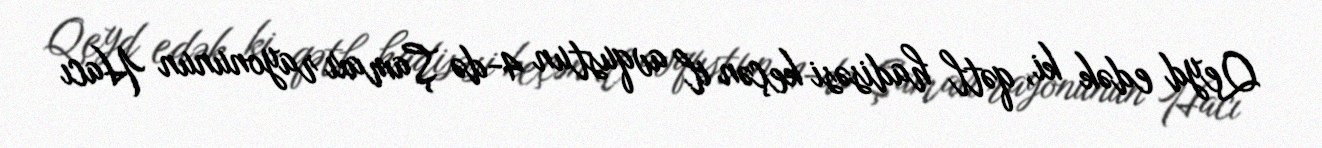
Qeyd edək ki, qətl hadisəsi keçən il avqustun 4-də Şamaxı rayonunun Hacı